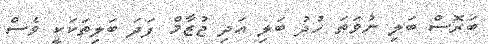
ބަރޮސް ބަލި ނުވަތަ ހުދު ބަލި އަދި ޖުޒާމް ފަދަ ބަލިތަކަކީ ވެސް